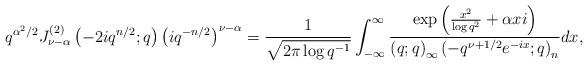
LaTeX: \begin{align*}q^{\alpha^{2}/2}J_{\nu-\alpha}^{(2)}\left(-2iq^{n/2};q\right)\left(iq^{-n/2}\right)^{\nu-\alpha}=\frac{1}{\sqrt{2\pi\log q^{-1}}}\int_{-\infty}^{\infty}\frac{\exp\left(\frac{x^{2}}{\log q^{2}}+\alpha xi\right)}{\left(q;q\right)_{\infty}\left(-q^{\nu+1/2}e^{-ix};q\right)_{n}}dx,\end{align*}